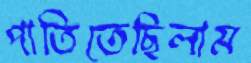
পাতিতেছিলাম